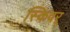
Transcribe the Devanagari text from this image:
स्किवर्